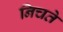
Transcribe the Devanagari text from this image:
निचते